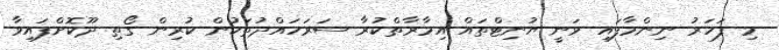
މި ފަހަރު ނިންމާފައި ވަނީ ޔުނިޓްތައް އިމާރާތްކުރާ ސަރަހައްދުތަކުން ކުރިން ގޯތި ދޫކޮށްފައިވާ